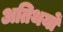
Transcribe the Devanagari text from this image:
अतिथयों